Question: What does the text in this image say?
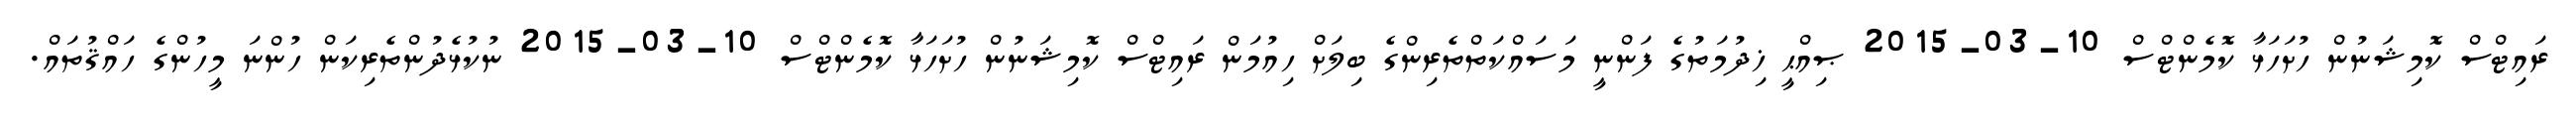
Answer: ރައިޓްސް ކޮމިޝަނުން ހުށަހަޅާ ކޮމެންޓްސް 10-03-2015 ޞިއްޙީ ޚިދުމަތުގެ ފަންނީ މަސައްކަތްތެރިންގެ ބިލަށް ހިއުމަން ރައިޓްސް ކޮމިޝަނުން ހުށަހަޅާ ކޮމެންޓްސް 10-03-2015 ނުކުޅެދުންތެރިކަން ހުންނަ މީހުންގެ ހައްޤުތައް.